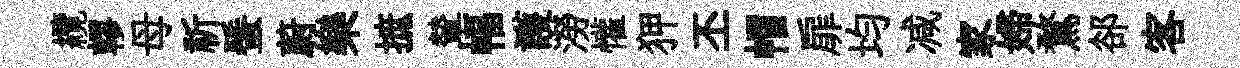
纜轇母祈蜑蔚樂摭輦幅護澇懽狎丕帽扉均减家婦鶩郤客